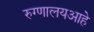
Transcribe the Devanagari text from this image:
रुग्णालयआहे